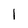
Character: 1